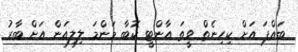
ބައްޕަ އަށް ކިހިނެތް ވީތަ އާންޓީ ކޮބާ މަންމަ ލިލިއަން އަށް ބާރު